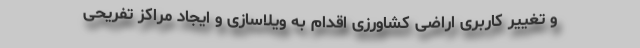
و تغییر کاربری اراضی کشاورزی اقدام به ویلاسازی و ایجاد مراکز تفریحی